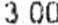
3.00